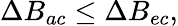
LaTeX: \Delta B_{ac}\leq\Delta B_{ec},